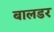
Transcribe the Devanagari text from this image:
बालडर